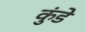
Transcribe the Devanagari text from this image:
कुंडेे